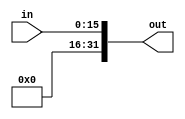
module zeroext16_32(out, in);
    output [31:0] out;
    input [15:0] in;
    assign out = {16'b0, in};
endmodule